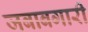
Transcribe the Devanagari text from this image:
जबाबगारी